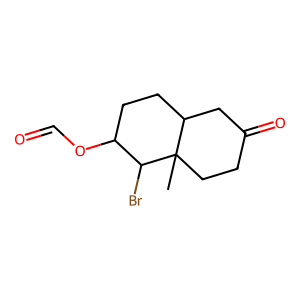
SMILES: CC12CCC(=O)CC1CCC(OC=O)C2Br
Inhibits HIV replication: No